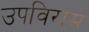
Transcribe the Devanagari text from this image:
उपविराम